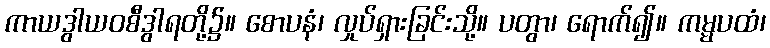
ကာယဒွါယဝစီဒွါရတို့၌။ စောပနံ၊ လှုပ်ရှားခြင်းသို့။ ပတွာ၊ ရောက်၍။ ကမ္မပထံ၊